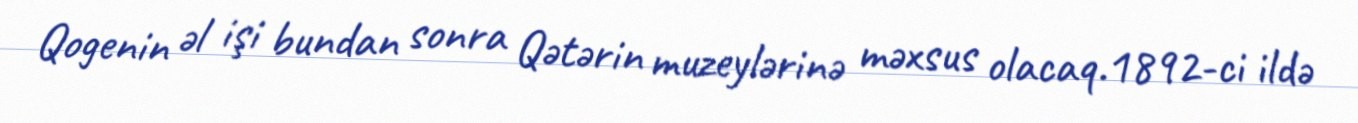
Qogenin əl işi bundan sonra Qətərin muzeylərinə məxsus olacaq.1892-ci ildə